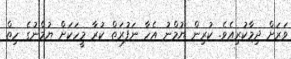
ވަރަށް ދިމާކުރިއެވެ. ކުރިން ޔުމްނު އެހާ ނަފުރަތް ކުރާ މީހަކަށް ޔުމްނުގެ ހިތް